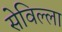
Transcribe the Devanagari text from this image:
सेविल्ला